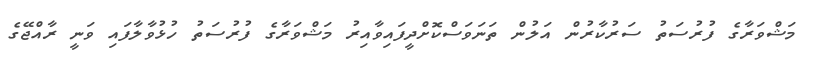
މަޝްވަރާގެ ފުރުސަތު ސަރުކާރުން އަލުން ތަނަވަސްކޮށްދީފައިވާއިރު މަޝްވަރާގެ ފުރުސަތު ހުޅުވާލާފައި ވަނީ ރާއްޖޭގެ